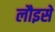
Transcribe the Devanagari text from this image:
लौइसे